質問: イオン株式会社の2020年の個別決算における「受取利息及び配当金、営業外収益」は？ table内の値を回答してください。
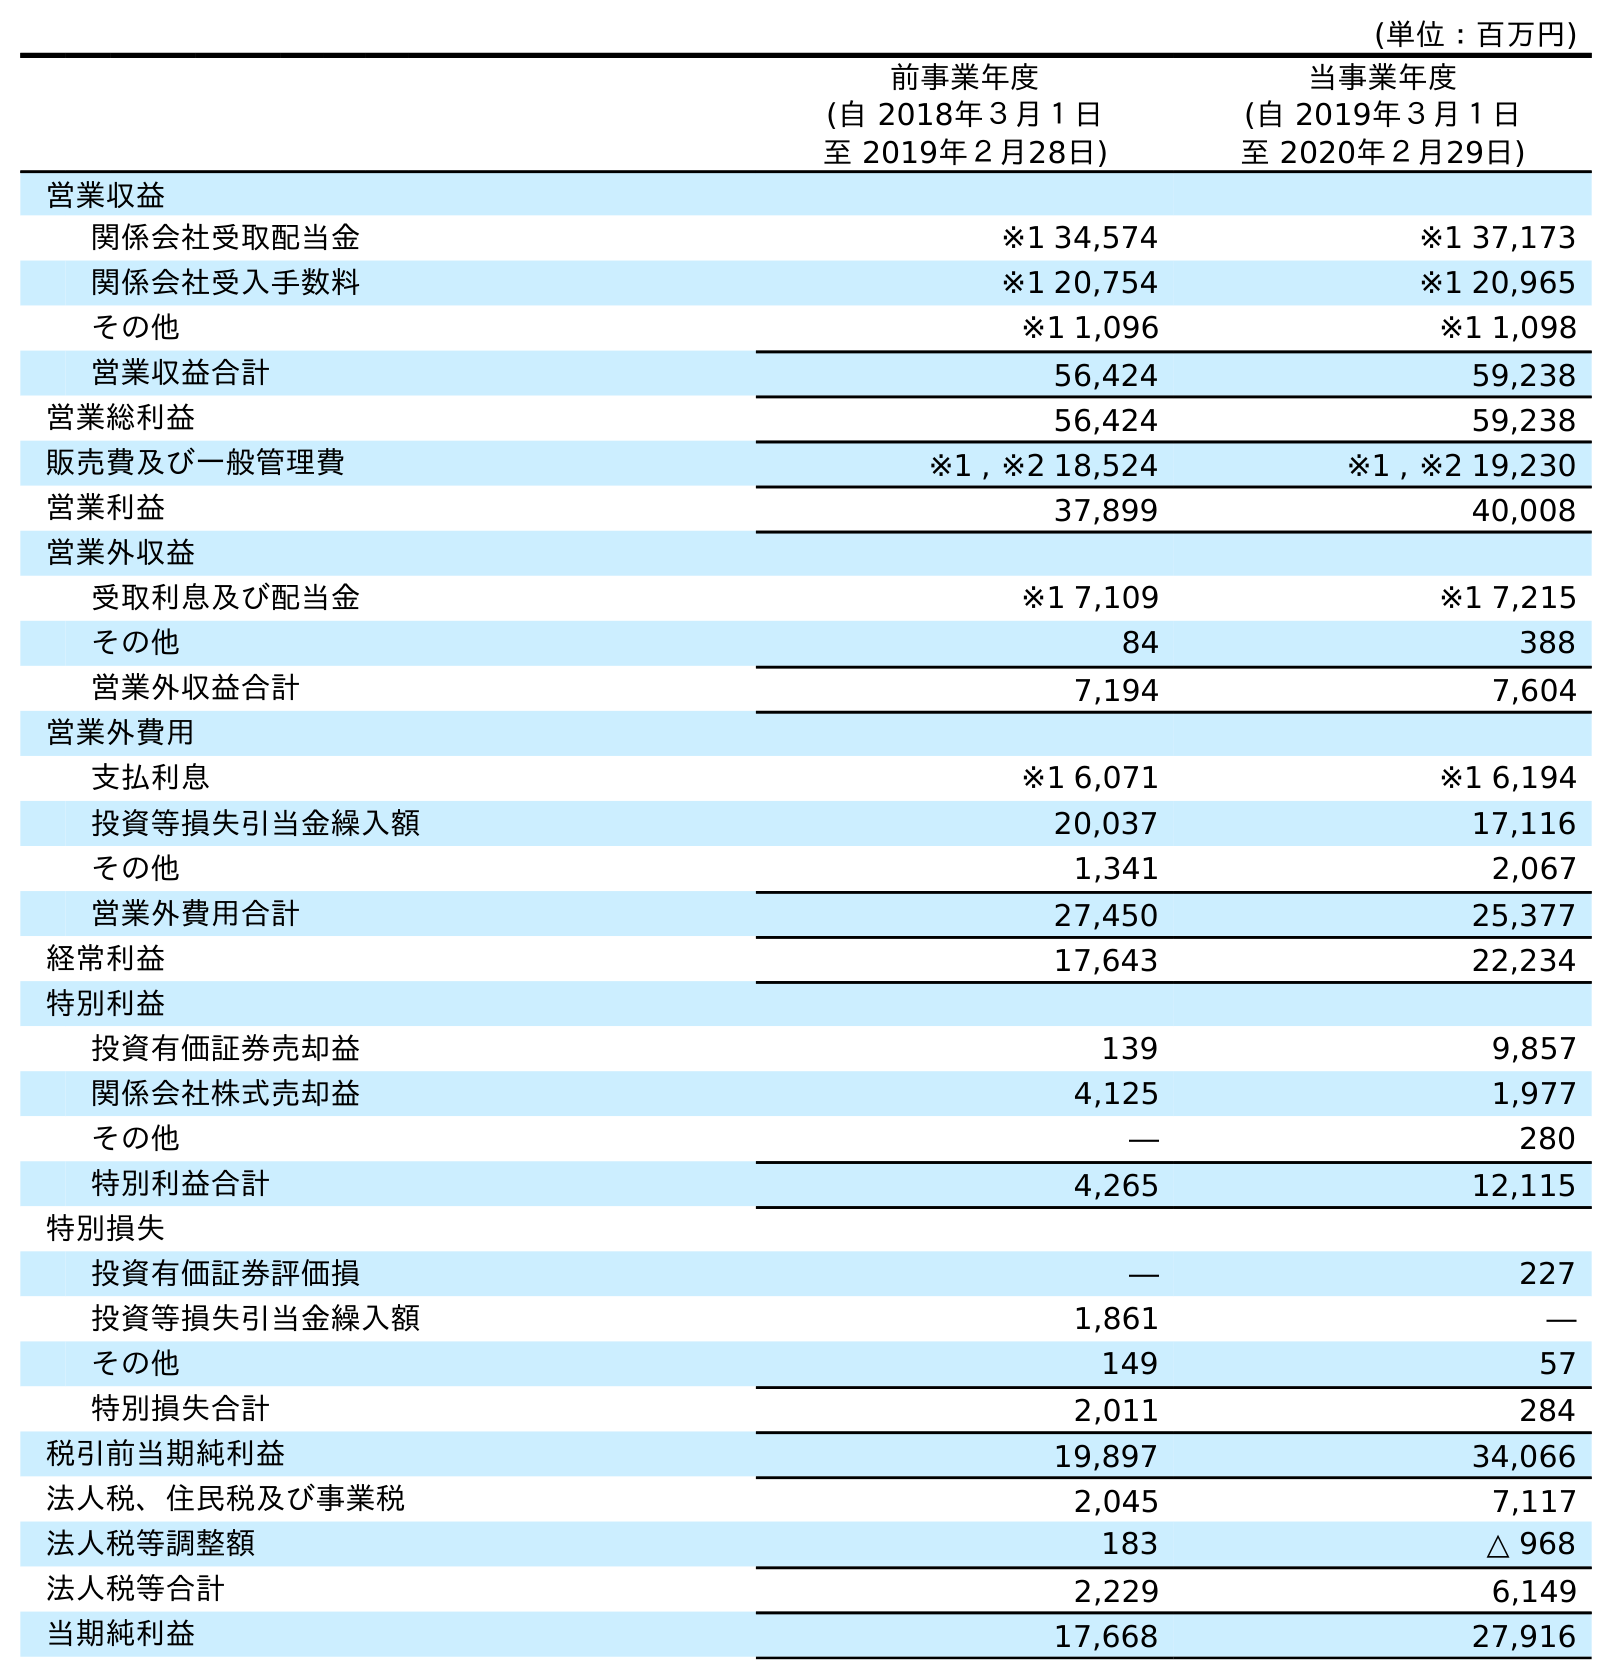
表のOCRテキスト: (単位：百万円) 前事業年度 (自 2018年３月１日 至 2019年２月28日) 当事業年度 (自 2019年３月１日 至 2020年２月29日) 営業収益 関係会社受取配当金 ※1 34,574 ※1 37,173 関係会社受入手数料 ※1 20,754 ※1 20,965 その他 ※1 1,096 ※1 1,098 営業収益合計 56,424 59,238 営業総利益 56,424 59,238 販売費及び一般管理費 ※1 , ※2 18,524 ※1 , ※2 19,230 営業利益 37,899 40,008 営業外収益 受取利息及び配当金 ※1 7,109 ※1 7,215 その他 84 388 営業外収益合計 7,194 7,604 営業外費用 支払利息 ※1 6,071 ※1 6,194 投資等損失引当金繰入額 20,037 17,116 その他 1,341 2,067 営業外費用合計 27,450 25,377 経常利益 17,643 22,234 特別利益 投資有価証券売却益 139 9,857 関係会社株式売却益 4,125 1,977 その他 ― 280 特別利益合計 4,265 12,115 特別損失 投資有価証券評価損 ― 227 投資等損失引当金繰入額 1,861 ― その他 149 57 特別損失合計 2,011 284 税引前当期純利益 19,897 34,066 法人税、住民税及び事業税 2,045 7,117 法人税等調整額 183 △ 968 法人税等合計 2,229 6,149 当期純利益 17,668 27,916
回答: ※17,215